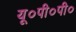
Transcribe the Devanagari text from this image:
यू०पी०पी०